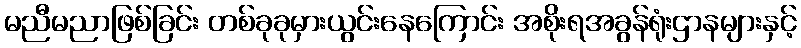
မညီမညာဖြစ်ခြင်း တစ်ခုခုမှားယွင်းနေကြောင်း အစိုးရအခွန်ရုံးဌာနများနှင့်